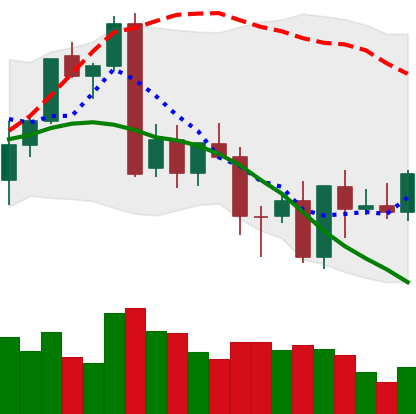
Ticker: XMR-USD
Chart end date: 2022-09-26
Forward return: -3.319%
Label: down_3_5